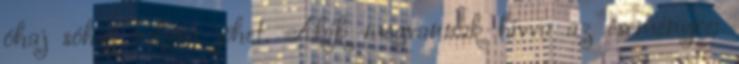
óhaj sóhaj nekem jöhet. Akik megvannak hívva az eseményre: